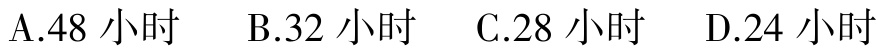
A.48 小时  B.32 小时  C.28 小时  D.24 小时